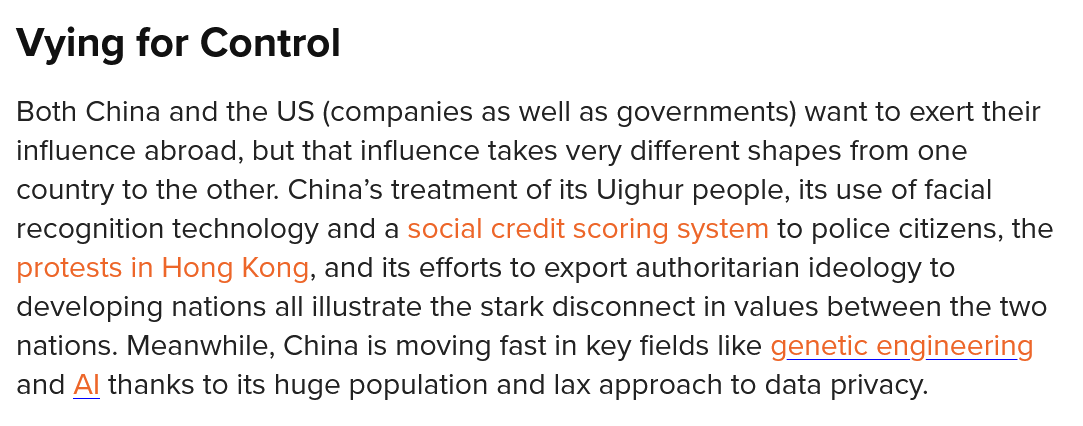
Both China and the US (companies as well as governments) want to exert their
  influence abroad, but that influence takes very different shapes from one
  country to the other. China’s treatment of its Uighur people, its use of facial
  recognition technology and a social credit scoring system to police citizens, the
  protests in Hong Kong, and its efforts to export authoritarian ideology to
  developing nations all illustrate the stark disconnect in values between the two
  nations. Meanwhile, China is moving fast in key fields like genetic engineering
  and Al thanks to its huge population and lax approach to data privacy.
  Vying   for Control